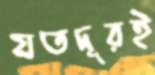
যতদূরই